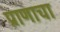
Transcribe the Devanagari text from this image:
प्राणाचा